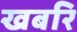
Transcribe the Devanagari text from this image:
खबरि